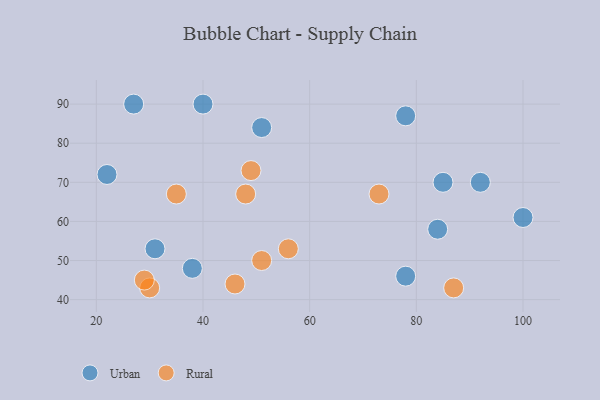
{"axis": {"x": "GDP", "y": "Life Expectancy"}, "legend": ["Rural", "Urban"], "data": [{"x": "78", "y": 87, "type": "Urban"}, {"x": "51", "y": 84, "type": "Urban"}, {"x": "31", "y": 53, "type": "Urban"}, {"x": "40", "y": 90, "type": "Urban"}, {"x": "22", "y": 72, "type": "Urban"}, {"x": "85", "y": 70, "type": "Urban"}, {"x": "78", "y": 46, "type": "Urban"}, {"x": "92", "y": 70, "type": "Urban"}, {"x": "27", "y": 90, "type": "Urban"}, {"x": "84", "y": 58, "type": "Urban"}, {"x": "100", "y": 61, "type": "Urban"}, {"x": "38", "y": 48, "type": "Urban"}, {"x": "35", "y": 67, "type": "Rural"}, {"x": "51", "y": 50, "type": "Rural"}, {"x": "46", "y": 44, "type": "Rural"}, {"x": "30", "y": 43, "type": "Rural"}, {"x": "87", "y": 43, "type": "Rural"}, {"x": "73", "y": 67, "type": "Rural"}, {"x": "48", "y": 67, "type": "Rural"}, {"x": "56", "y": 53, "type": "Rural"}, {"x": "29", "y": 45, "type": "Rural"}, {"x": "49", "y": 73, "type": "Rural"}]}